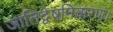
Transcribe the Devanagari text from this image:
जातिद्वेषनिवारणं।